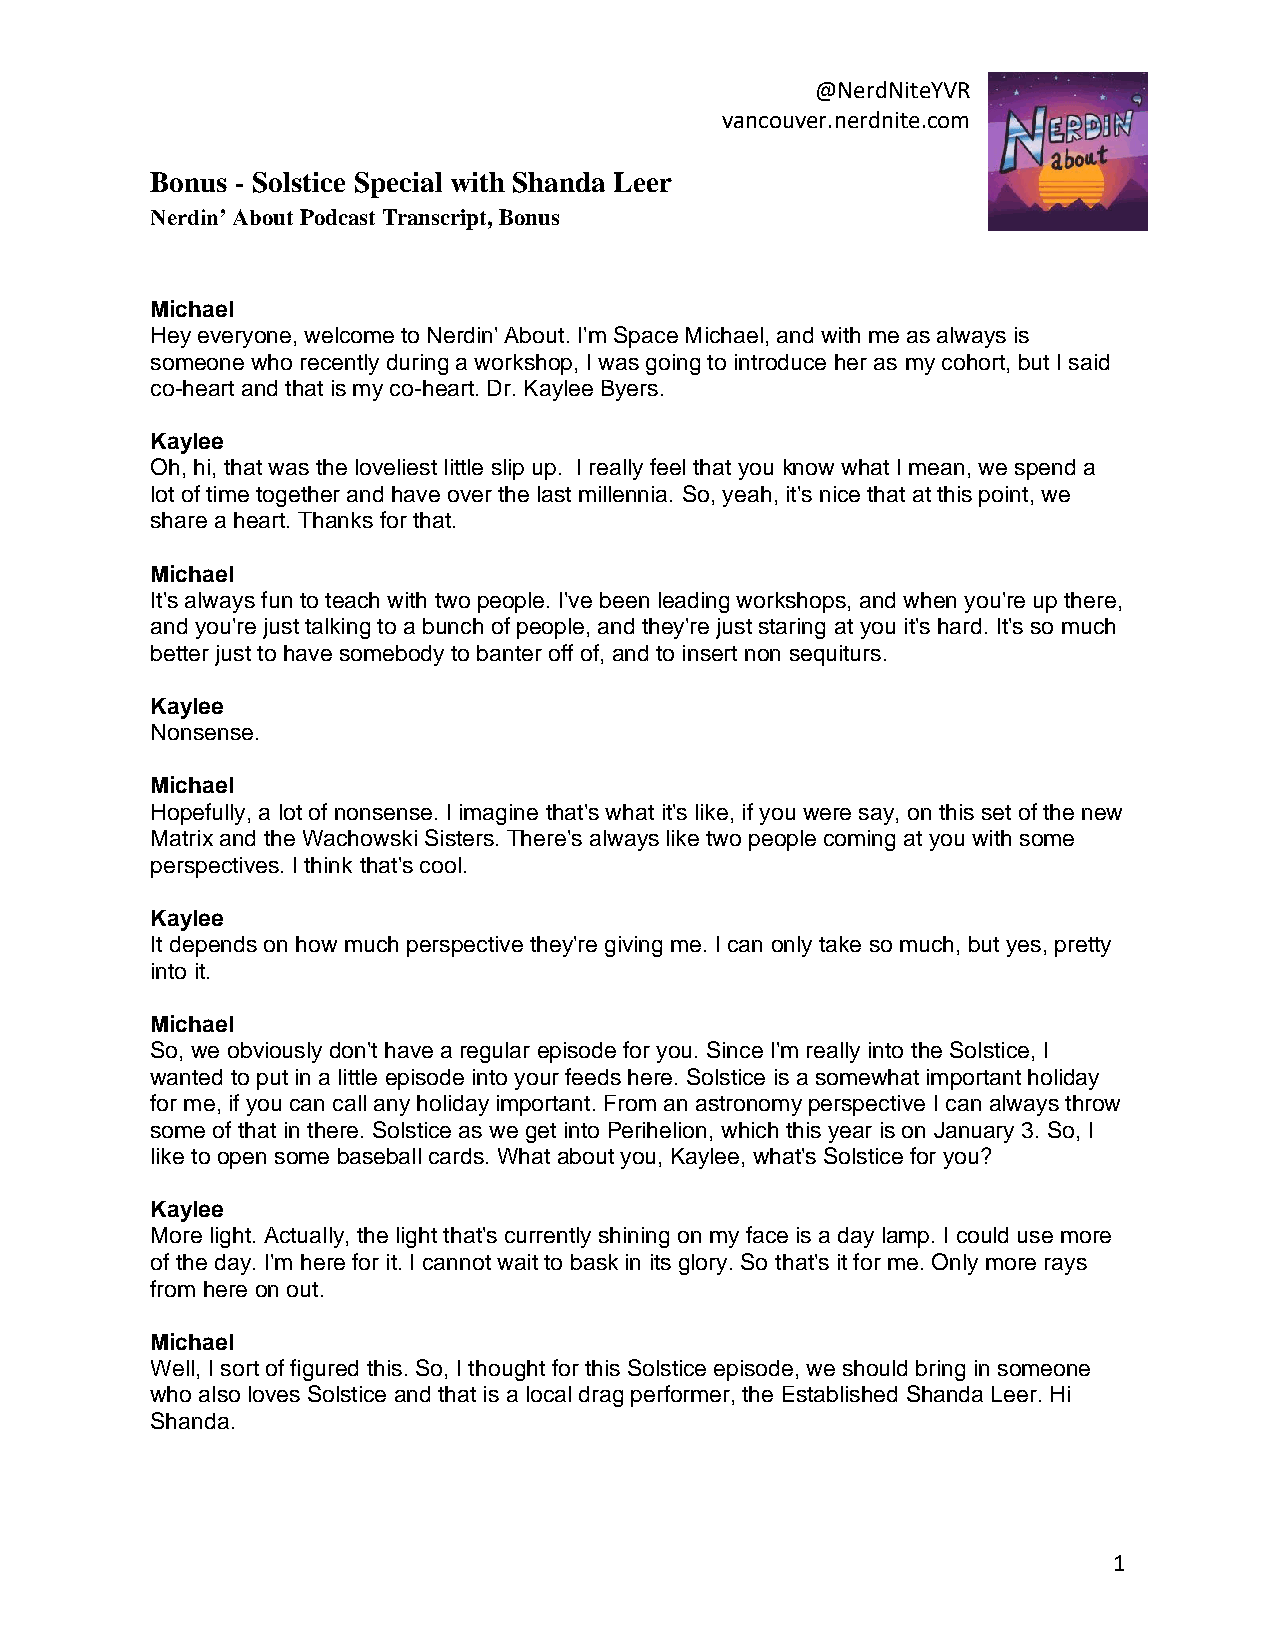
@NerdNiteYVR
 vancouver.nerdnite.com
 Bonus - Solstice Special with Shanda Leer
 Nerdin’ About Podcast Transcript, Bonus
 Michael
 Hey everyone, welcome to Nerdin' About. I'm Space Michael, and with me as always is
 someone who recently during a workshop, I was going to introduce her as my cohort, but I said
 co-heart and that is my co-heart. Dr. Kaylee Byers.
 Kaylee
 Oh, hi, that was the loveliest little slip up. I really feel that you know what I mean, we spend a
 lot of time together and have over the last millennia. So, yeah, it's nice that at this point, we
 share a heart. Thanks for that.
 Michael
 It's always fun to teach with two people. I've been leading workshops, and when you're up there,
 and you're just talking to a bunch of people, and they're just staring at you it's hard. It's so much
 better just to have somebody to banter off of, and to insert non sequiturs.
 Kaylee
 Nonsense.
 Michael
 Hopefully, a lot of nonsense. I imagine that's what it's like, if you were say, on this set of the new
 Matrix and the Wachowski Sisters. There's always like two people coming at you with some
 perspectives. I think that's cool.
 Kaylee
 It depends on how much perspective they're giving me. I can only take so much, but yes, pretty
 into it.
 Michael
 So, we obviously don't have a regular episode for you. Since I'm really into the Solstice, I
 wanted to put in a little episode into your feeds here. Solstice is a somewhat important holiday
 for me, if you can call any holiday important. From an astronomy perspective I can always throw
 some of that in there. Solstice as we get into Perihelion, which this year is on January 3. So, I
 like to open some baseball cards. What about you, Kaylee, what's Solstice for you?
 Kaylee
 More light. Actually, the light that's currently shining on my face is a day lamp. I could use more
 of the day. I'm here for it. I cannot wait to bask in its glory. So that's it for me. Only more rays
 from here on out.
 Michael
 Well, I sort of figured this. So, I thought for this Solstice episode, we should bring in someone
 who also loves Solstice and that is a local drag performer, the Established Shanda Leer. Hi
 Shanda.
 1